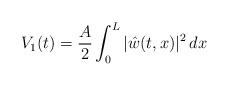
LaTeX: \begin{align*} V_1(t)=\frac A 2 \int_0^L|\hat w(t,x)|^2\,dx\end{align*}